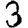
Digit: 3